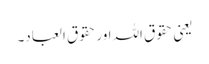
یعنی حقوق اللہ اور حقوق العباد۔